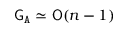
{ \mathsf { G } } _ { \mathtt { A } } \simeq { \mathsf { O } } ( n - 1 )